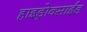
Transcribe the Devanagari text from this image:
हाइड्रोक्साईड